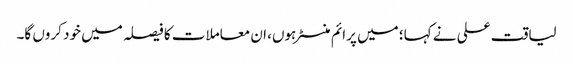
لیاقت علی نے کہا؛ میں پرائم منسٹر ہوں، ان معاملات کا فیصلہ میں خود کروں گا۔